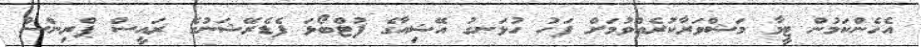
އެހެންކަމުން ޓީމާ މަޝްވަރާކުރެއްވުމަށް ފަހު ހުޅަނގު އޭޝިއާގެ ފުޓްބޯޅަ ފެޑެރޭޝަނުގެ ރައީސް ޕްރިންސް